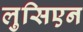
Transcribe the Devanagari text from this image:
लुसिएन